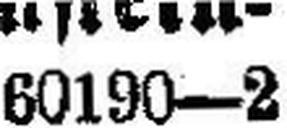
60190-2